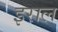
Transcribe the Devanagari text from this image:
इराल